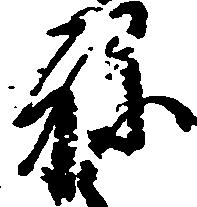
ね